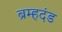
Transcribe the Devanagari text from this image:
ब्रम्हदंड